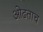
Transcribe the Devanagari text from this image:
ओढताच